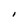
Character: I